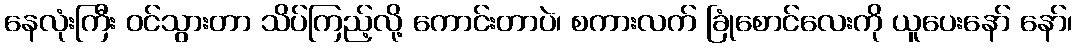
နေလုံးကြီး ဝင်သွားတာ သိပ်ကြည့်လို့ ကောင်းတာပဲ၊ စကားလက် ခြုံစောင်လေးကို ယူပေးနော် နော်၊